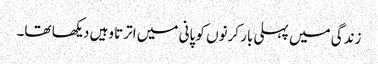
زندگی میں پہلی بار کرنوں کو پانی میں اترتا وہیں دیکھا تھا۔